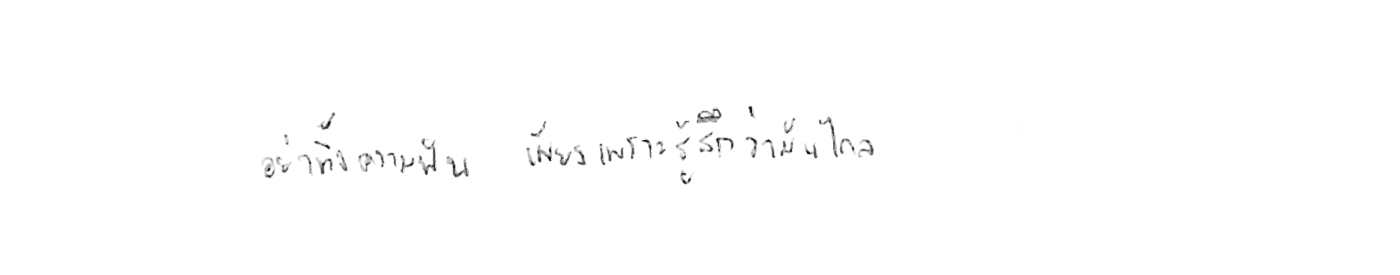
อย่าทิ้งความฝัน เพียงเพราะรู้สึกว่ามันไกล